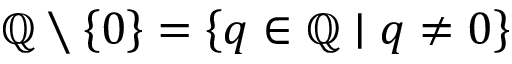
\mathbb { Q } \setminus \left\{ 0 \right\} = \left\{ q \in \mathbb { Q } \mid q \neq 0 \right\}